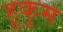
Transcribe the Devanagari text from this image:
हूकुम